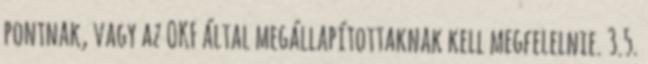
pontnak, vagy az OKF által megállapítottaknak kell megfelelnie. 3.5.